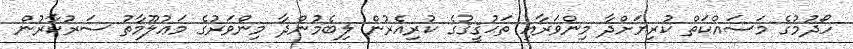
ހޯދުމުގެ މަސައްކަތް ކުރިޔަށްދާ މިންވަރާއި ތަޙުޤީޤުގެ ކުރިއެރުން ލިބެމުންދާ މިންވަރުގެ މަޢުލޫމާތު ސަރުކާރުން